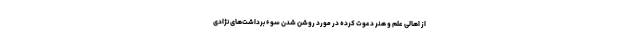
از اهالی علم و هنر دعوت کرده در مورد روشن شدن سوء برداشت‌های نژادی